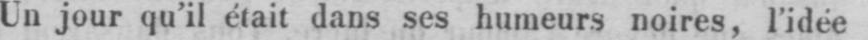
Un jour qu’il était dans ses humeurs noires, l’idée